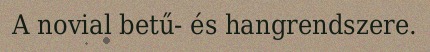
A novial betű- és hangrendszere.